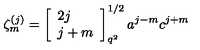
\zeta _ { m } ^ { ( j ) } = \left[ \begin{array} { l } { 2 j } \\ { j + m } \\ \end{array} \right] _ { q ^ { 2 } } ^ { 1 / 2 } a ^ { j - m } c ^ { j + m }